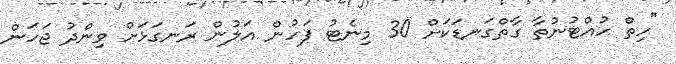
"ހިތް ހުއްޓުނުތާ ގާތްގަނޑަކަށް 30 މިނެޓު ފަހުން އަލުން ރަނގަޅަށް ވިންދު ޖަހަން